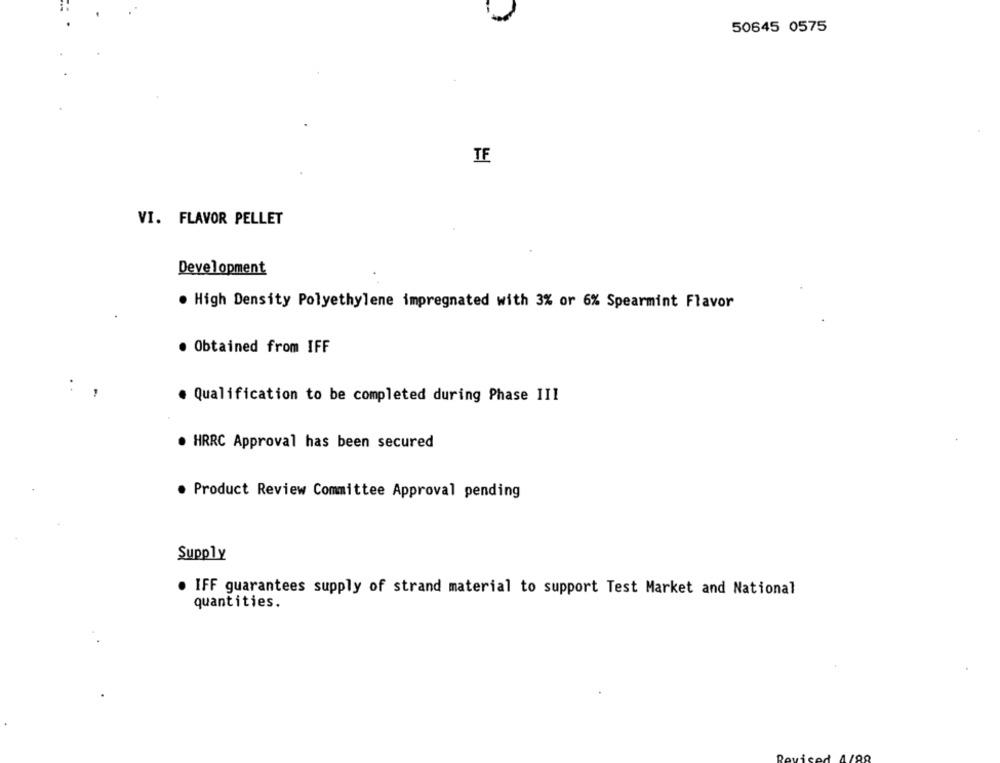
50645 0575
TE
VI. FLAVOR PELLET
Development
. High Density Polyethylene impregnated with 3% or 6% Spearmint Flavor
Obtained from IFF
Qualification to be completed during Phase III
· HRRC Approval has been secured
· Product Review Committee Approval pending
Supply
. IFF guarantees supply of strand material to support Test Market and National
quantities.